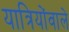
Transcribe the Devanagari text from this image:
यात्रियोंवाले